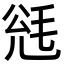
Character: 毤